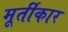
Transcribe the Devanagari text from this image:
मूर्तीकार